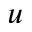
u